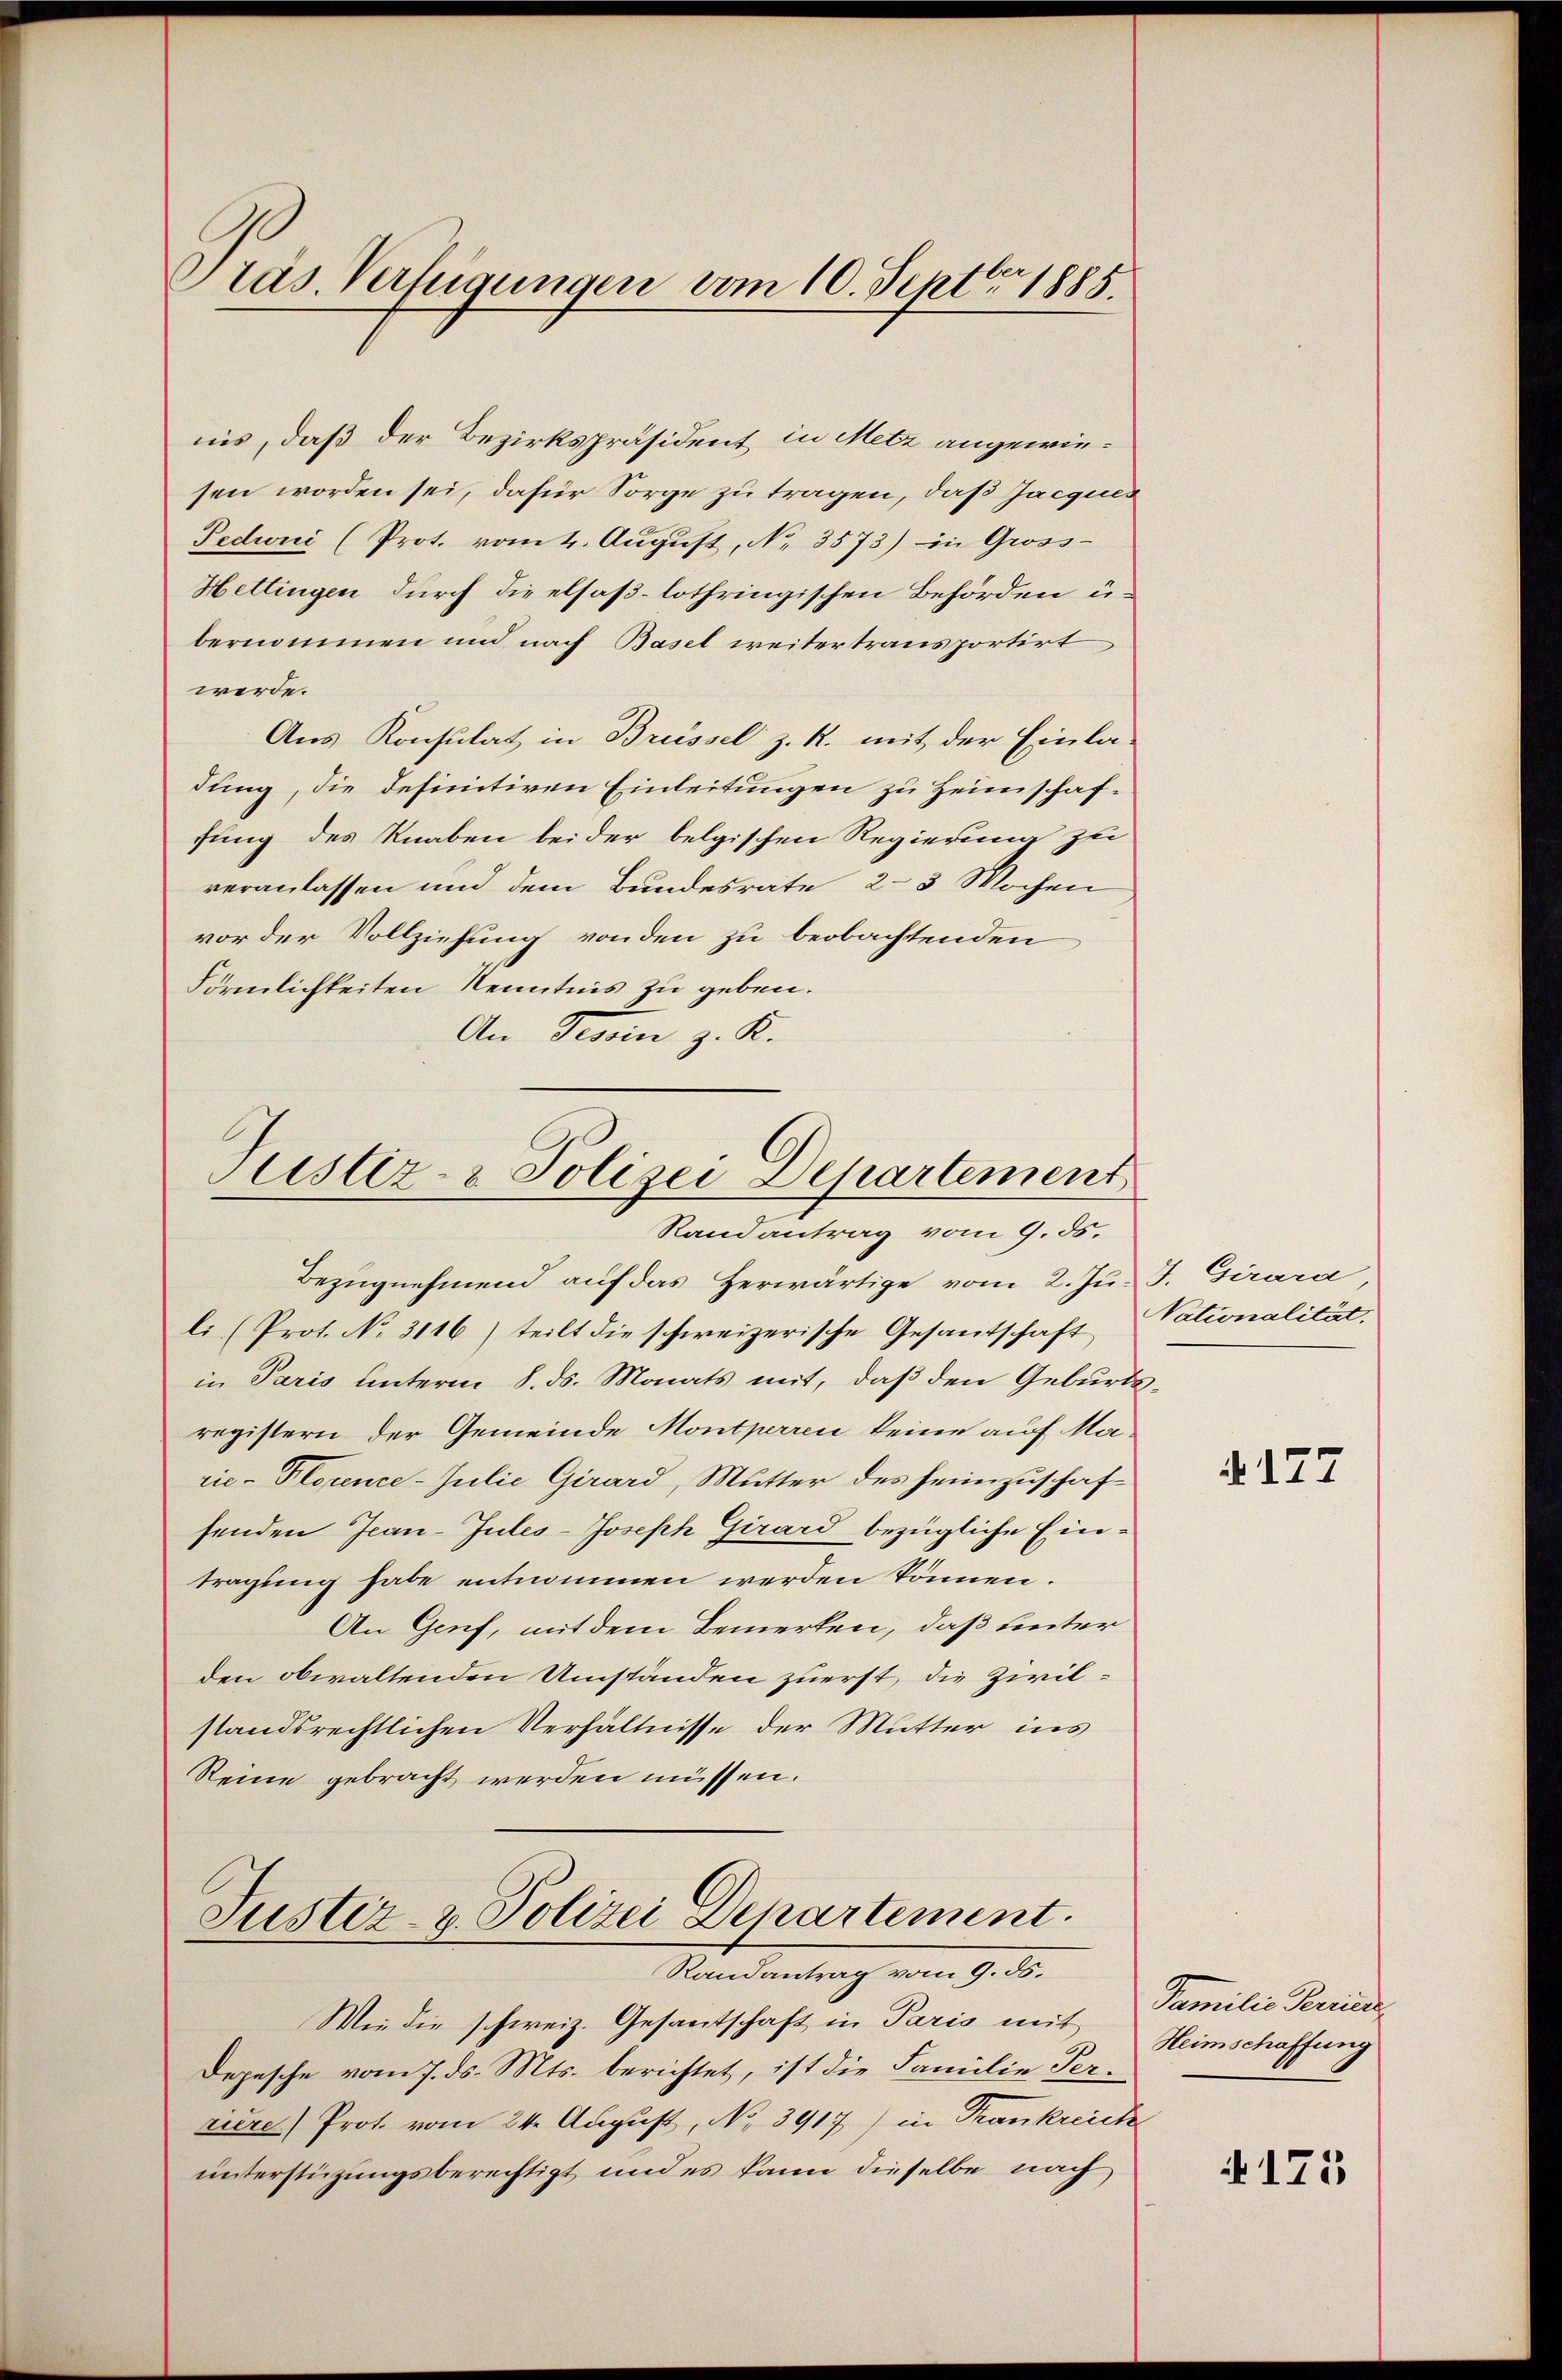
Präs. Verfügungen vom 10. Septbr. 1885.

nis, daß der Bezirkspräsident in Metz angewiesen worden sei, dafür Sorge zu tragen, daß Jacquis
Pedini (Prot. vom 4. August, No. 3573) in Gross-
Hettingen durch die elsaß-lothringischen Behörden u.
bernommen und nach Basel weitertransportirt
werde.
Aus Konsulat in Brüssel z. R. mit der Einla
dung, die definitiven Einleitungen zu Heimschaffung des Knaben bei der belgischen Regierung zu
veranlassen und dem Bundesrate 2-3 Wochen
vor der Vollziehung von den zu beobachtenden
Förmlichkeiten Kenntnis zu geben.
An Tessin z. K.

Justiz- & Polizei Departement
Randantrag vom 9. ds.

Bezŭgnehmend auf das Herwärtige vom 2. Ju. J. Girara
li (Prot. No. 3116) teilt die schweizerische Gesantschaft, Vationalität,
in Paris unterm 8. ds. Monats mit, daß den Geburtsregistern der Gemeinde Montperren keine auf Marie-Plorence-Julie Girard, Mutter des heimzuschaffenden Jean-Jules-Joseph Girard bezügliche Eintragung habe entnommen werden können.
An Genf, mit dem Bemerken, daß unter
den obwaltenden Umständen zuerst, die Zivilstandsrechtlichen Verhältnisse der Mutter ins
Reine gebracht werden müssen.

Justiz- & Polizei Departement.
Randantrag vom 9. ds.

Wie die schweiz. Gesantschaft in Paris mit
Depesche vom 7. ds. Mts. berichtet, ist die Familie Perriere) Prot. vom 24. August, No. 3917) in Trankreich
unterstüzungsberechtigt und es kann dieselbe nach

N 177

Familie Perriede
Heimschaffung

N 175